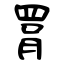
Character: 罥